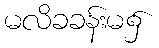
မလိခခန်းမ၌